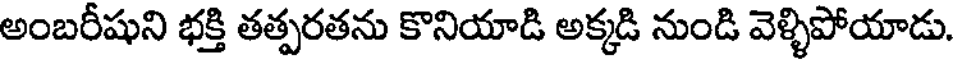
అంబరీషుని భక్తి తత్పరతను కొనియాడి అక్కడి నుండి వెళ్ళిపోయాడు.